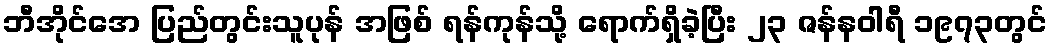
ဘီအိုင်အေ ပြည်တွင်းသူပုန် အဖြစ် ရန်ကုန်သို့ ရောက်ရှိခဲ့ပြီး ၂၃ ဇန်နဝါရီ ၁၉၇၃တွင်